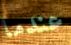
عندما